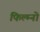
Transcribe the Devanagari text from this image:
फिल्म्नो